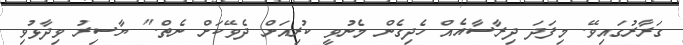
ގަރާރުގައިވޭ. މިފަދަ ދިރާސާއެއް ހެދިގެން މެނުވީ ކުރިއަށް ދެވޭކަށް ނެތް." ޔާސިރު ވިދާޅުވި